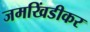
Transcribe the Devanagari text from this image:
जमखिंडीकर